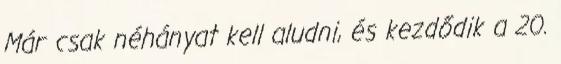
Már csak néhányat kell aludni, és kezdődik a 20.